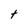
Character: t